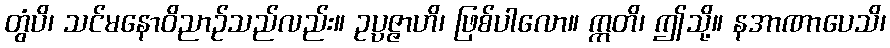
တွံပိ၊ သင်မနောဝိညာဉ်သည်လည်း။ ဥပ္ပဇ္ဇာဟိ၊ ဖြစ်ပါလော။ ဣတိ၊ ဤသို့။ နအာဏာပေသိ၊